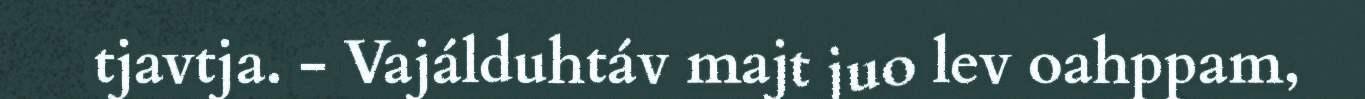
tjavtja. - Vajálduhtáv majt juo lev oahppam,